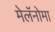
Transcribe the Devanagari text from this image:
मेलॅनोमा